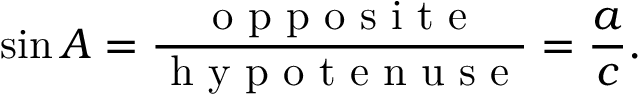
\sin A = { \frac { \textrm { o p p o s i t e } } { \textrm { h y p o t e n u s e } } } = { \frac { a } { c } } .